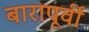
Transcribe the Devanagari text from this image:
बारापूर्वी